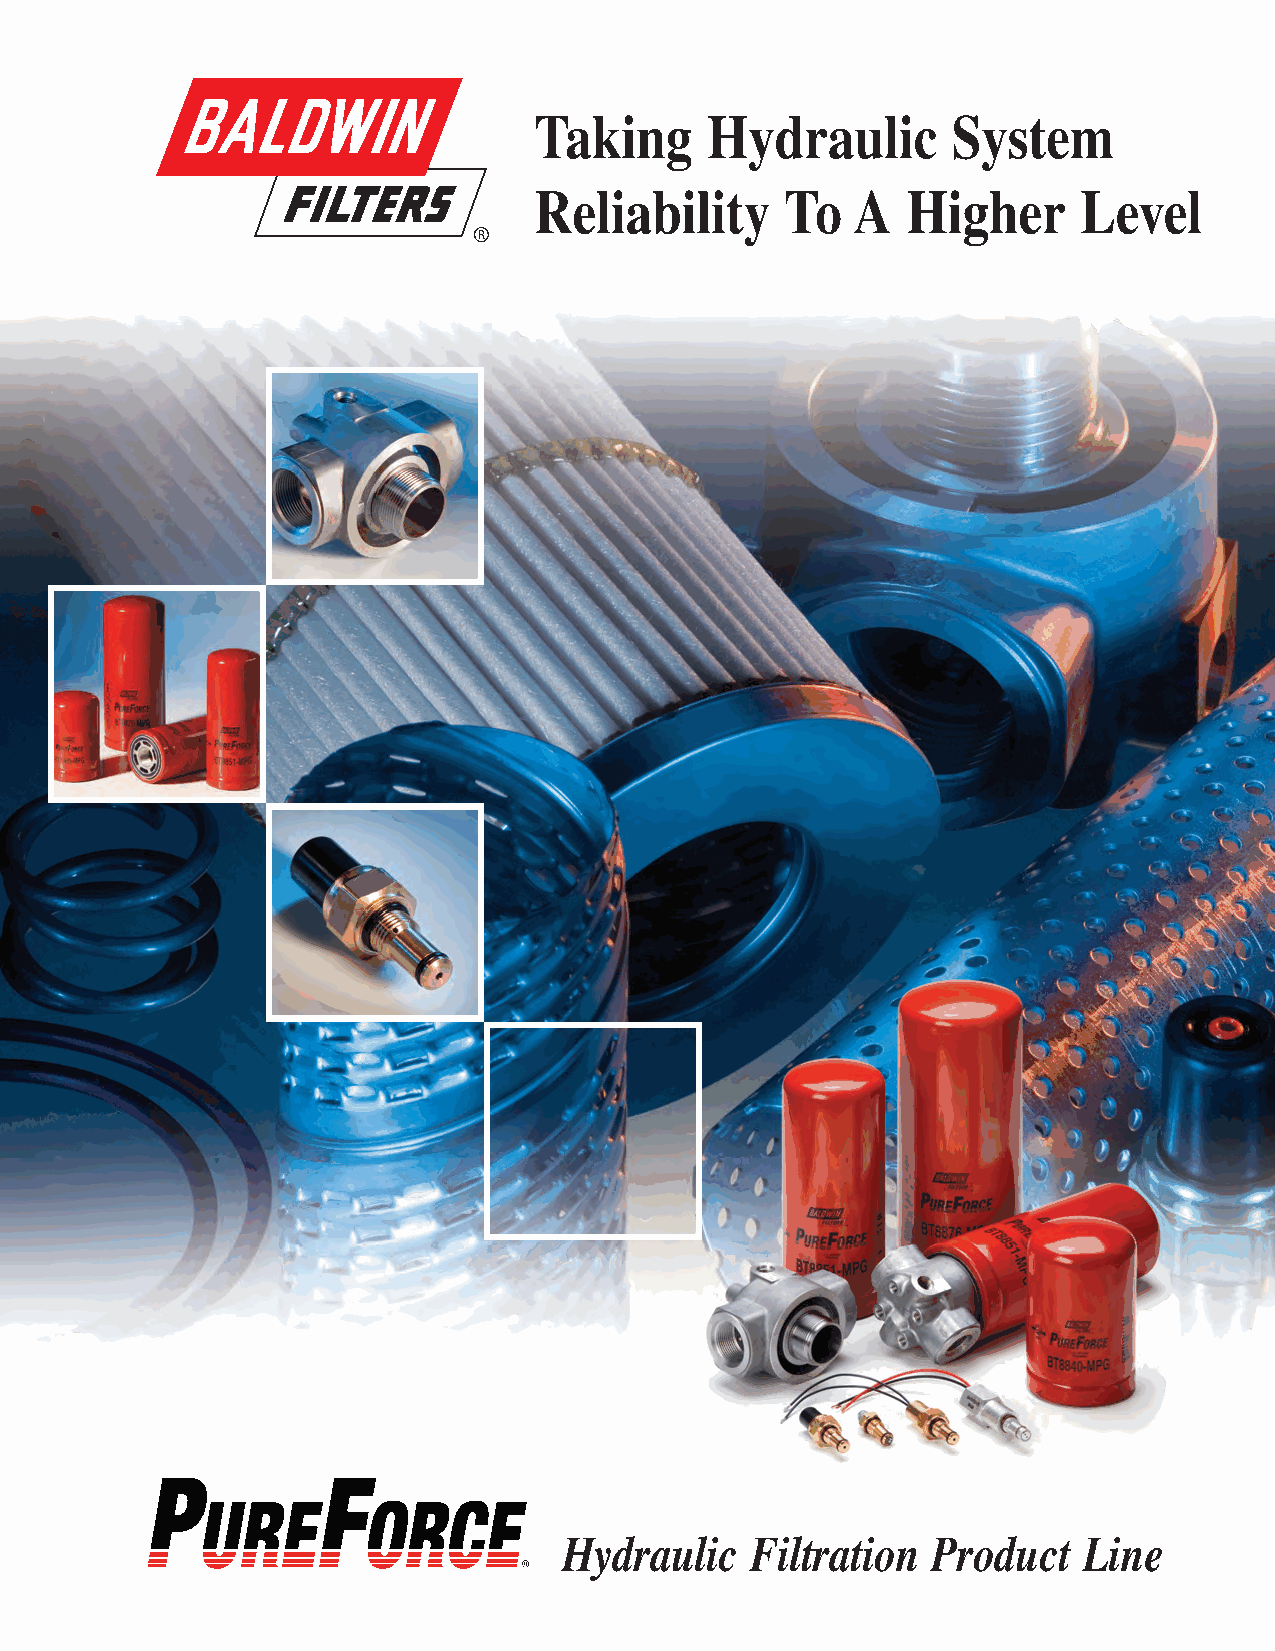
Form 453 (R 6-15).qxp_Layout 1 5/21/15 1:23 PM Page 1
 Taking      Hydraulic       System
 Reliability      To  A   Higher     Level
 Hydraulic   Filtration  Product   Line